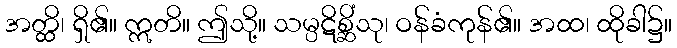
အတ္ထိ၊ ရှိ၏။ ဣတိ။ ဤသို့။ သမ္ပဋိစ္ဆိံသု၊ ဝန်ခံကုန်၏။ အထ၊ ထိုခါ၌။